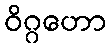
ဝိဂ္ဂဟော